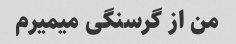
من از گرسنگی میمیرم